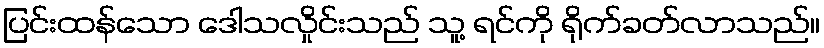
ပြင်းထန်သော ဒေါသလှိုင်းသည် သူ့ ရင်ကို ရိုက်ခတ်လာသည်။